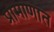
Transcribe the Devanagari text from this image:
प्रामाणात